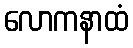
လောကနာထံ